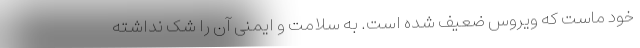
خود ماست که ویروس ضعیف شده است. به سلامت و ایمنی آن را شک نداشته